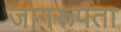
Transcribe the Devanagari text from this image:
जागरूपता